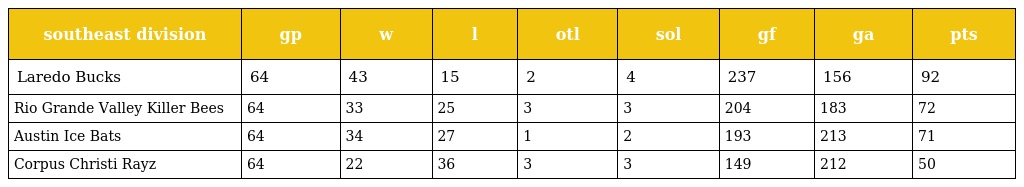
| southeast division | gp | w | l | otl | sol | gf | ga | pts |
 | --- | --- | --- | --- | --- | --- | --- | --- | --- |
 | Laredo Bucks | 64 | 43 | 15 | 2 | 4 | 237 | 156 | 92 |
 | Rio Grande Valley Killer Bees | 64 | 33 | 25 | 3 | 3 | 204 | 183 | 72 |
 | Austin Ice Bats | 64 | 34 | 27 | 1 | 2 | 193 | 213 | 71 |
 | Corpus Christi Rayz | 64 | 22 | 36 | 3 | 3 | 149 | 212 | 50 |